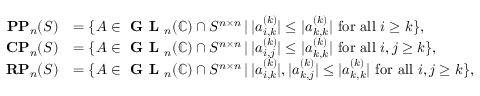
\begin{array} { r l } { \mathbf { P P } _ { n } ( S ) } & { = \{ A \in \textbf { G L } _ { n } ( \mathbb { C } ) \cap S ^ { n \times n } \, | \, | a _ { i , k } ^ { ( k ) } | \le | a _ { k , k } ^ { ( k ) } | \mathrm { ~ f o r ~ a l l ~ } i \ge k \} , } \\ { \mathbf { C P } _ { n } ( S ) } & { = \{ A \in \textbf { G L } _ { n } ( \mathbb { C } ) \cap S ^ { n \times n } \, | \, | a _ { i , j } ^ { ( k ) } | \le | a _ { k , k } ^ { ( k ) } | \mathrm { ~ f o r ~ a l l ~ } i , j \ge k \} , } \\ { \mathbf { R P } _ { n } ( S ) } & { = \{ A \in \textbf { G L } _ { n } ( \mathbb { C } ) \cap S ^ { n \times n } \, | \, | a _ { i , k } ^ { ( k ) } | , | a _ { k , j } ^ { ( k ) } | \le | a _ { k , k } ^ { ( k ) } | \mathrm { ~ f o r ~ a l l ~ } i , j \ge k \} , } \end{array}